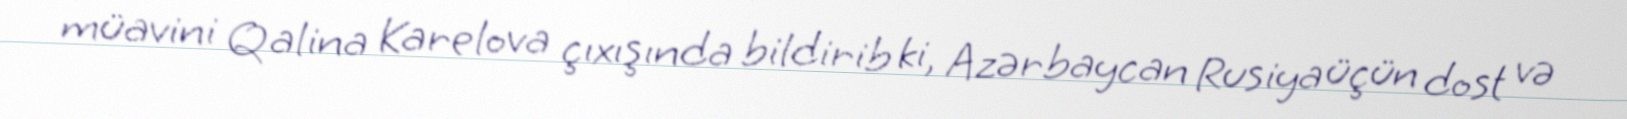
müavini Qalina Karelova çıxışında bildirib ki, Azərbaycan Rusiya üçün dost və